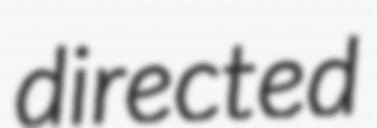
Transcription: directed